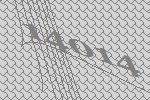
14014